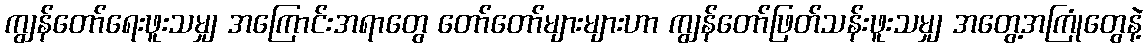
ကျွန်တော်ရေးဖူးသမျှ အကြောင်းအရာတွေ တော်တော်များများဟာ ကျွန်တော်ဖြတ်သန်းဖူးသမျှ အတွေ့အကြုံတွေနဲ့